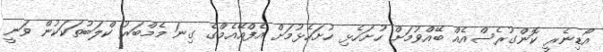
އޯޑިނެރީ ކޮންގުރެސްއެއް ބޭއްވުމަށް ހުށަހެޅި ހުށަހެޅުމަށް އެފްއޭއެމްގެ ގިނަ މެމްބަރު ކްލަބުތަކަކުން ވަނީ